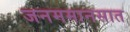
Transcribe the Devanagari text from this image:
जनममानसात